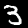
Digit: 3